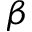
\beta